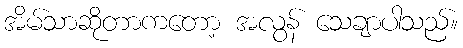
အိမ်သာဆိုတာကတော့ အလွန် သေချာပါသည်။